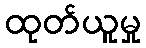
ထုတ်ယူမှု